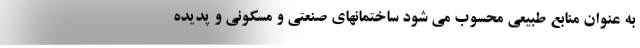
به عنوان منابع طبیعی محسوب می شود ساختمانهای صنعتی و مسکونی و پدیده